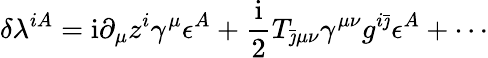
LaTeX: \delta\lambda^{iA}=\mathrm{i}\partial_{\mu}z^{i}\gamma^{\mu}\epsilon^{A}+{\frac{\mathrm{i}}{2}}T_{\bar{\jmath}\mu\nu}\gamma^{\mu\nu}g^{i\bar{\jmath}}\epsilon^{A}+\cdots